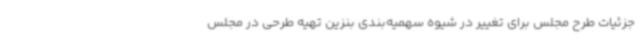
جزئیات طرح مجلس برای تغییر در شیوه سهمیه‌بندی بنزین تهیه طرحی در مجلس